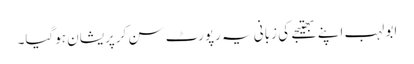
ابو لہب اپنے بھتیجے کی زبانی یہ رپورٹ سن کرپریشان ہوگیا۔